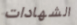
الشهادات